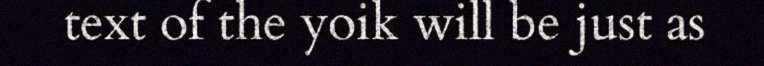
text of the yoik will be just as